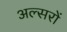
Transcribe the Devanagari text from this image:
अल्सरों